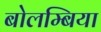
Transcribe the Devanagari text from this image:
बोलम्बिया